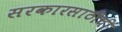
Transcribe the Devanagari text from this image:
सरकारसाठीची